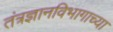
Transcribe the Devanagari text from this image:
तंत्रज्ञानविभागाच्या